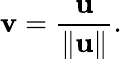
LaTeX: \mathbf{v}={\frac{\mathbf{u}}{\| \mathbf{u}\| }}.